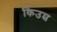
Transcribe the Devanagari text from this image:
किउम्र